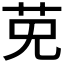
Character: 𱽔